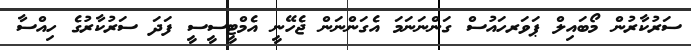
ސަރުކާރުން މޯބައިލް ޕަވަރހައުސް ގަންނަނަމަ އެގަންނަން ޖެހޭނީ އެމްޓީސީސީ ފަދަ ސަރުކާރުގެ ހިއްސާ